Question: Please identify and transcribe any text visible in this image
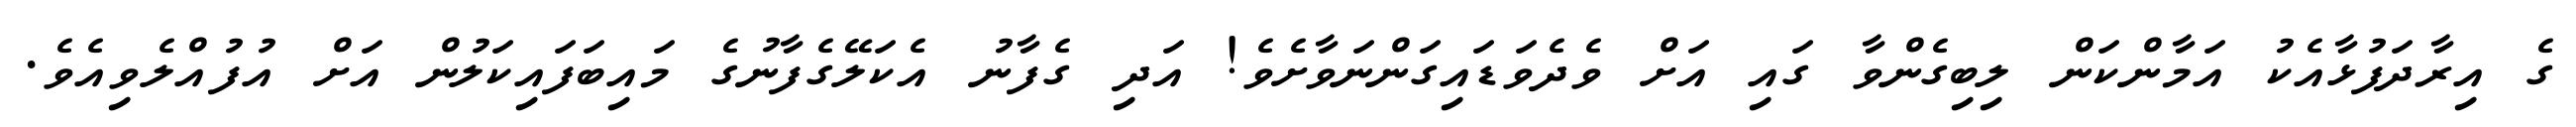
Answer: ގެ އިރާދަފުޅާއެކު އަމާންކަން ލިބިގެންވާ ގައި އަށް ވެދެވަޑައިގަންނަވާށެވެ! އަދި ގެފާނު އެކަލޭގެފާނުގެ މައިބަފައިކަލުން އަށް އުފުއްލެވިއެވެ.